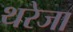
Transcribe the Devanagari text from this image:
थरेजा